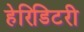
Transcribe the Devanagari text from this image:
हेरिडिटरी